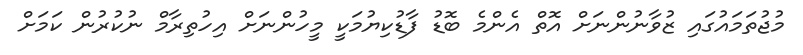
މުޖުތަމައުގައި ޒުވާނުންނަށް އޮތް އެންމެ ބޮޑު ފާޑުކިޔުމަކީ މީހުންނަށް އިހުތިރާމް ނުކުރުން ކަމަށް